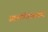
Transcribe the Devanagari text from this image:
आत्मनिरीक्षणही